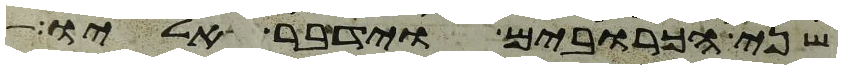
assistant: שני הכרובים וידבר אליו